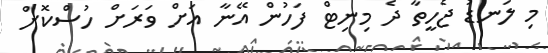
މި ލަނޑު ޖެހީތާ ދެ މިނިޓް ފަހުން އޭނާ އަށް ވަރަށް ހުސްކޮށް